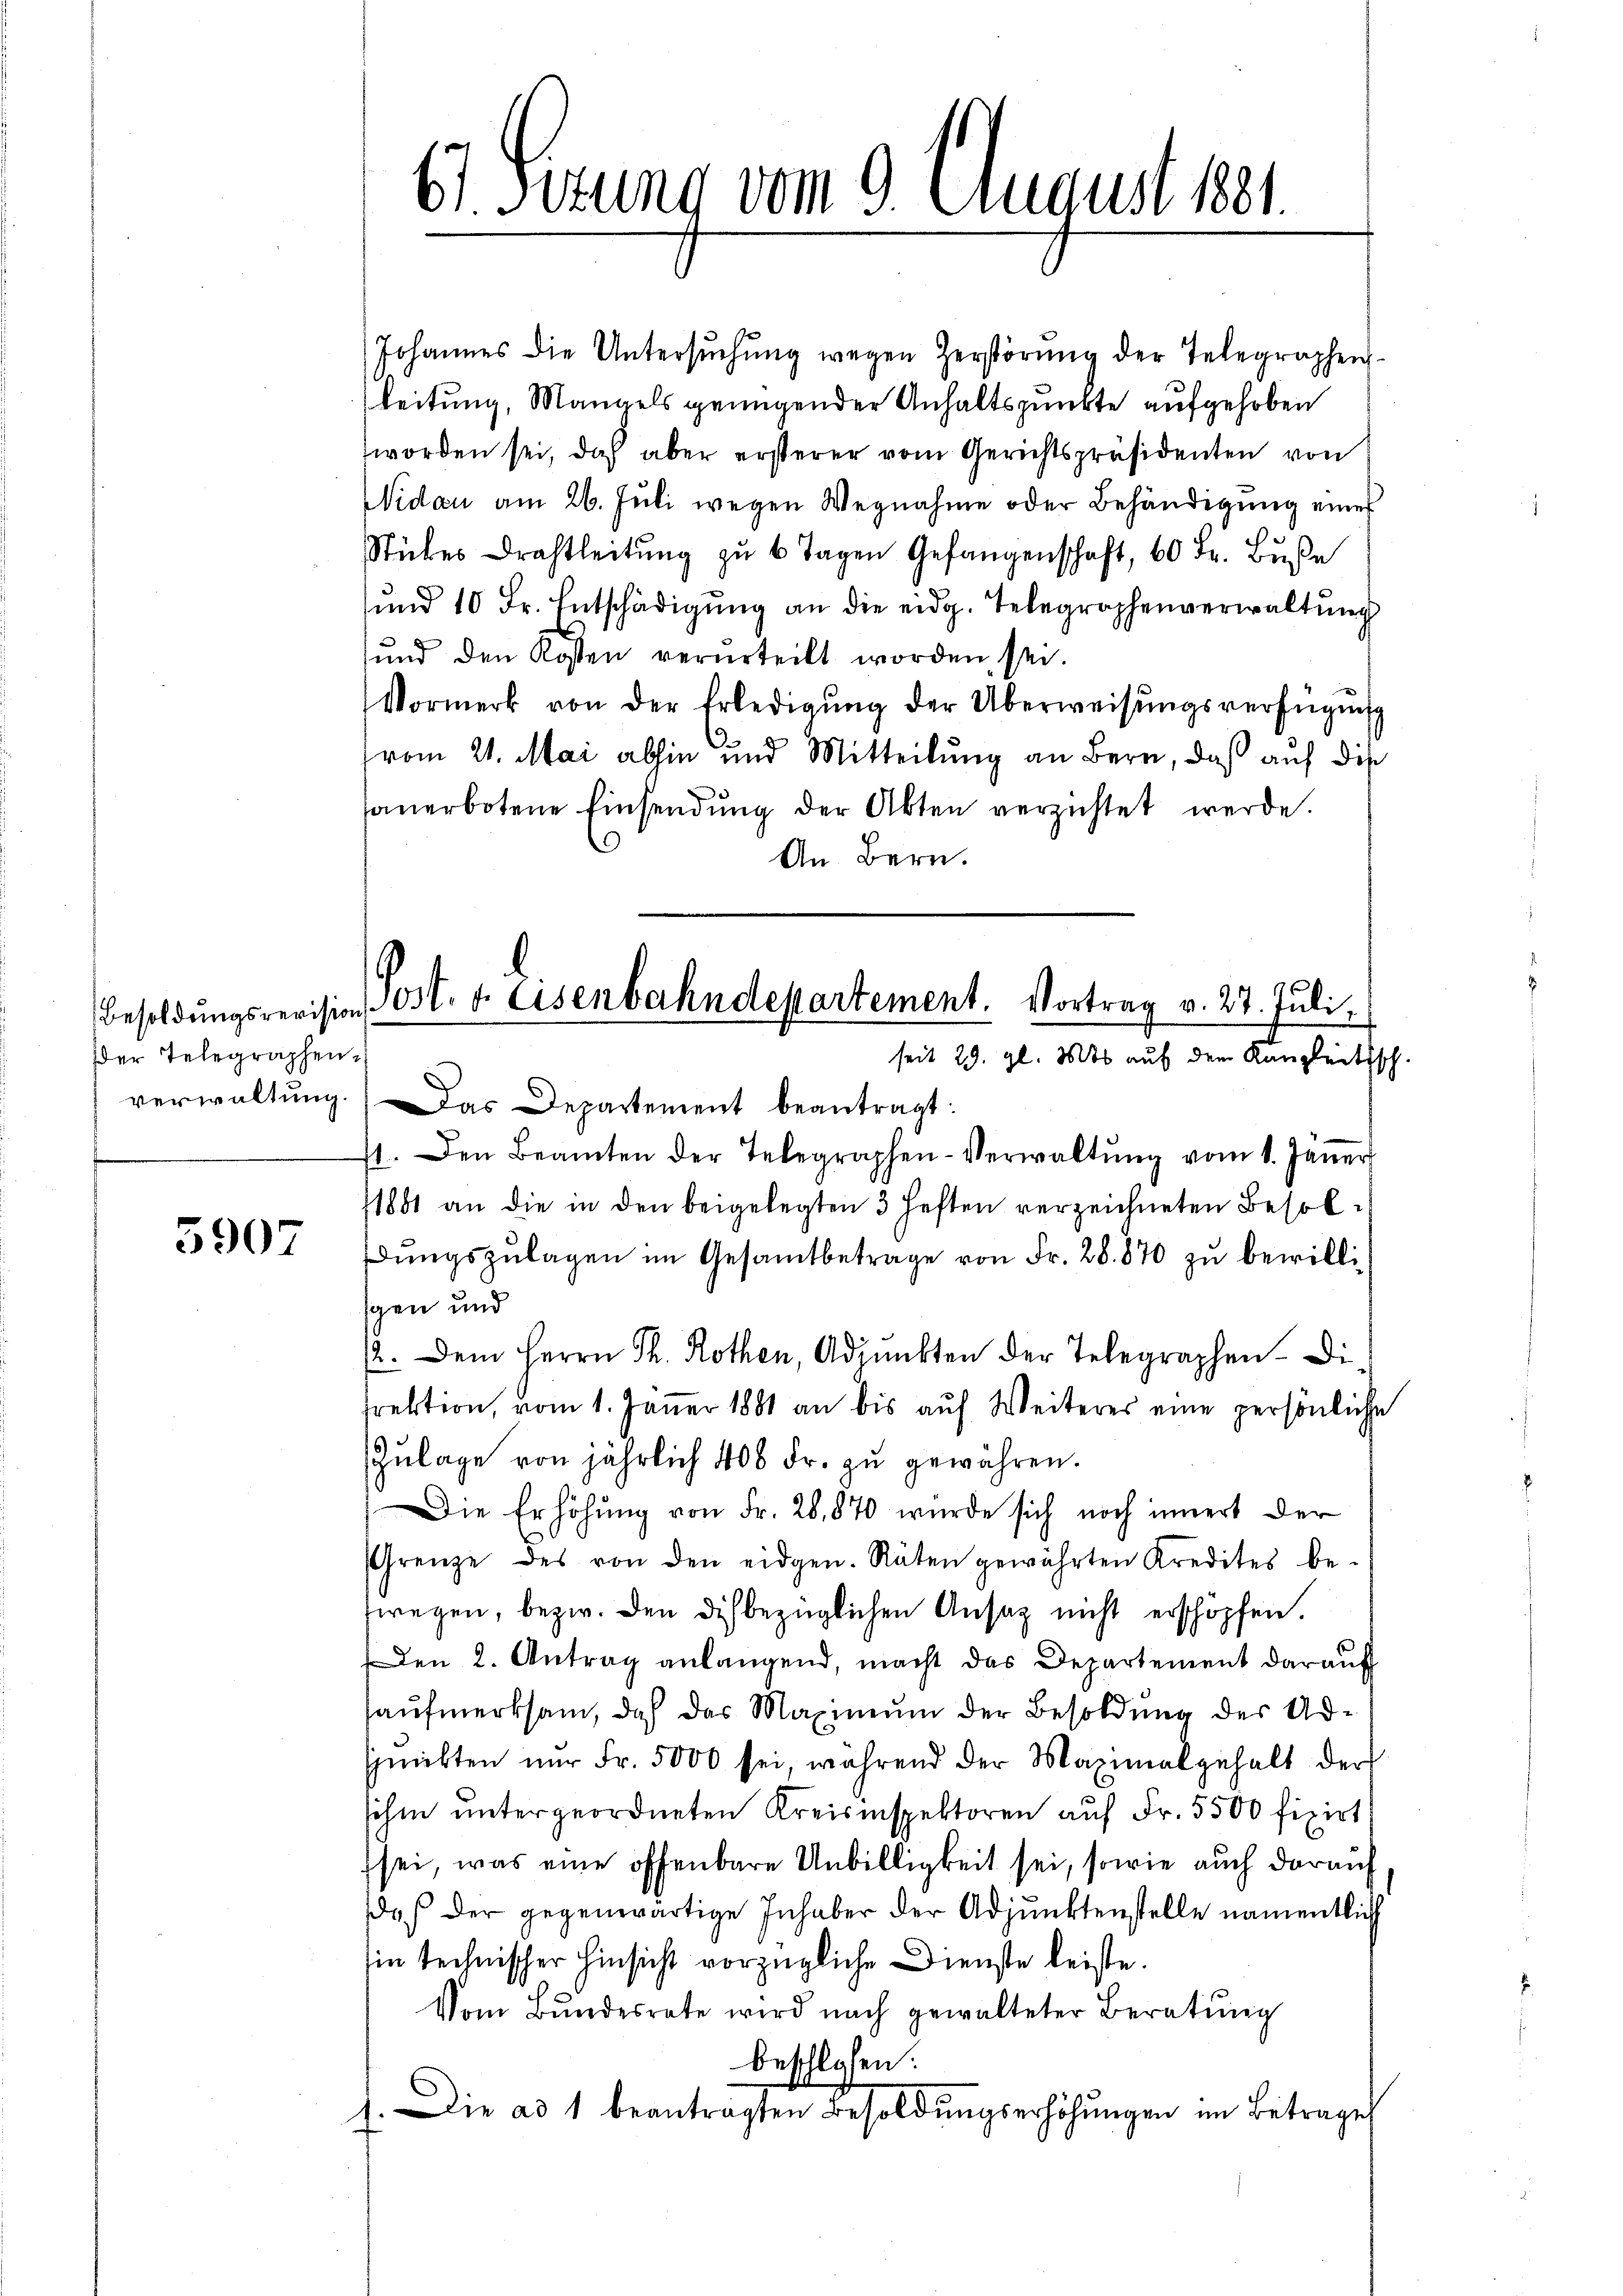
der Telegraphen

5907

Johannes die Untersuchung wegen Zerstörung der Telegraphenleitung, Mangels genügender Anhaltspunkte aufgehoben
worden sei, doch aber ersterer vom Gerichtspräsidenten von
Nidau am 26. Juli wegen Wegnahme oder Behändigung einer
e
Stibes Drahtleitŭng zu 6 Tagen Gefangenschaft, 60 Fr. Buße
sund 10 Fr. Entschädigŭng an die eidg. Telegraphenverwaltung
sund den Kosten verurteilt worden sei.
Vormerk von der Erledigŭng der Überweisŭngsverfügŭng
vom 21. Mai abhin und Mitteilung an Bern, daß auf die
sanerbotene Einsendŭng der Akten verzichtet werde.
An Bern.

61. Fezung vom 9. August 1881.

Besoldŭngsrevision Post- u. Eisenbahndepartement. Vortrag v. 27. Juli,
seit 29. gl. Mts auf dem Kanzleitisch

verwaltŭng. Das Departement beantragt:
41. Den Beamten der Telegraphen-Verwaltŭng vom 1. Jäṅer
1881 an die in den beigelegten 3 Heften verzeichneten Besoldŭngszulagen im Gesamtbetrage von Fr. 28. 870 zu bewillisgen und
2. Dem Herrn Ph. Rothen, Adjunkten der Telegraphen- Disrektion, vom 1. Jäṅer 1881 an bis aŭf Weiteres eine persönliche
Zŭlage von jährlich 400 Fr. zu gewähren.
Die Erhöhung von Fr. 20,870 wurde sich noch innert der
Grenze des von den eidgen. Räten gewährten Kredites be-
wegen, bezw. den dich bezüglichen Ansag nicht erschöpfen.
Den 2. Antrag anlangend, macht das Departement daraŭf
aufmerksam, doch das Maximum der Besoldung der Adquitten nŭr Fr. 5000 sei, während der Maximal gehalt der
sihm untergeordneten Kreisinspektoren auf Fr. 5500 fizirt
sei, was eine offenbare Unbilligkeit sei, sowie auch darauf
daß der gegenwärtige Inhaber der Adjunktenstelle namentlich
in technischer Hinsicht vorzügliche Dienste leiste.
Vom Bŭndesrate wird nach gewalteter Beratŭng
beschlossen:
Die ad 1 beantragten Besoldŭngserhöhŭngen im Betrages
4